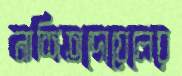
নাশিতদোয়েলের